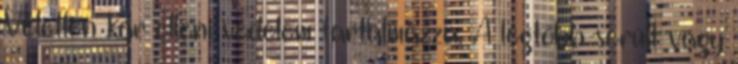
Véletlen kár elleni védelem tartalmazza. A legtöbb sérült vagy